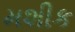
મશીક